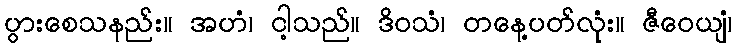
ပွားစေသနည်း။ အဟံ၊ ငါ့သည်။ ဒိဝသံ၊ တနေ့ပတ်လုံး။ ဇီဝေယျံ၊